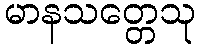
မာနသတ္တေသု